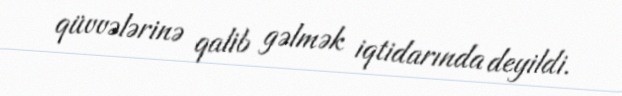
qüvvələrinə qalib gəlmək iqtidarında deyildi.